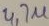
Text: 4,7µ